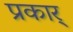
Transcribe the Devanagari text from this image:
प्रकार्